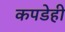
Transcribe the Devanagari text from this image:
कपडेही